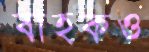
বাহকও